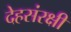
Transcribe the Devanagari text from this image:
देहसंरक्षी